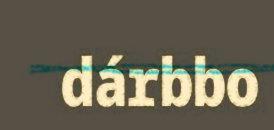
dárbbo